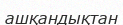
ашқандықтан